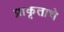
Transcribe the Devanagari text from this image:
प्राकृताचे